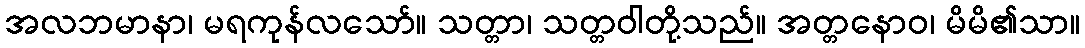
အလဘမာနာ၊ မရကုန်လသော်။ သတ္တာ၊ သတ္တဝါတို့သည်။ အတ္တနောဝ၊ မိမိ၏သာ။